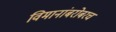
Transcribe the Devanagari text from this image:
विमानांबरोबरच